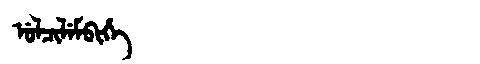
Manchu: ᡠᠯᠴᡳᠯᡝᠮᠪᡳᡥᡝ
Romanization: ULCILEMBIHE